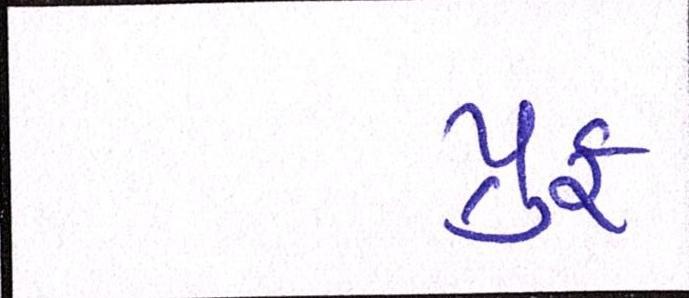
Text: પ્રુફ